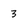
Character: 3